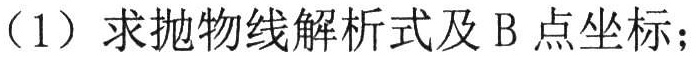
（1）求抛物线解析式及 B 点坐标；